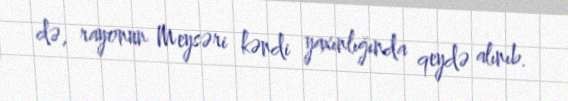
də, rayonun Meysəri kəndi yaxınlığında qeydə alınıb.